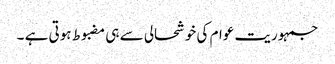
جمہوریت عوام کی خوشحالی سے ہی مضبوط ہوتی ہے ۔